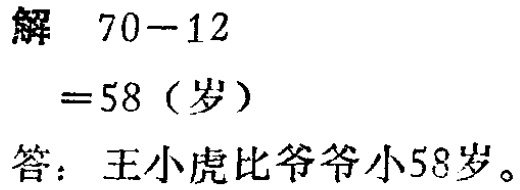
解 \(70 - 12\)

\(= 58\)（岁）

答：王小虎比爷爷小58岁。